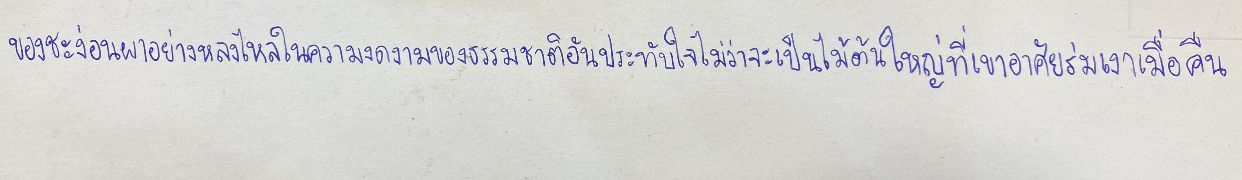
ของชะง่อนผาอย่างหลงใหลในความงดงามของธรรมชาติอันประทับใจไม่ว่าจะเป็นไม้ต้นใหญ่ที่เขาอาศัยร่มเงาเมื่อคืน